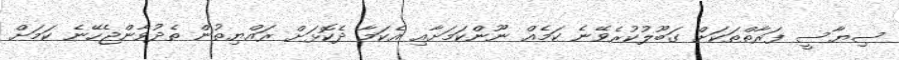
ސިޔާސީ ފަރާތްތަކަށް ގަބޫލުކުރެވޭނެ ކަމެއް ނޫންކަމަށާއި އެކަމާ ދެކޮޅަށް ރައްޔިތުން ތެދުވާންޖެހޭނެ ކަމަށް